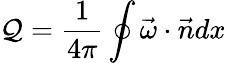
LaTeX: \mathcal{Q}=\frac{{1}}{{4\pi}}\oint\vec{{\omega}}\cdot\vec{{n}}dx